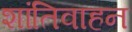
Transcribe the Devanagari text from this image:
शांतिवाहन